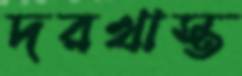
দরখাস্ত